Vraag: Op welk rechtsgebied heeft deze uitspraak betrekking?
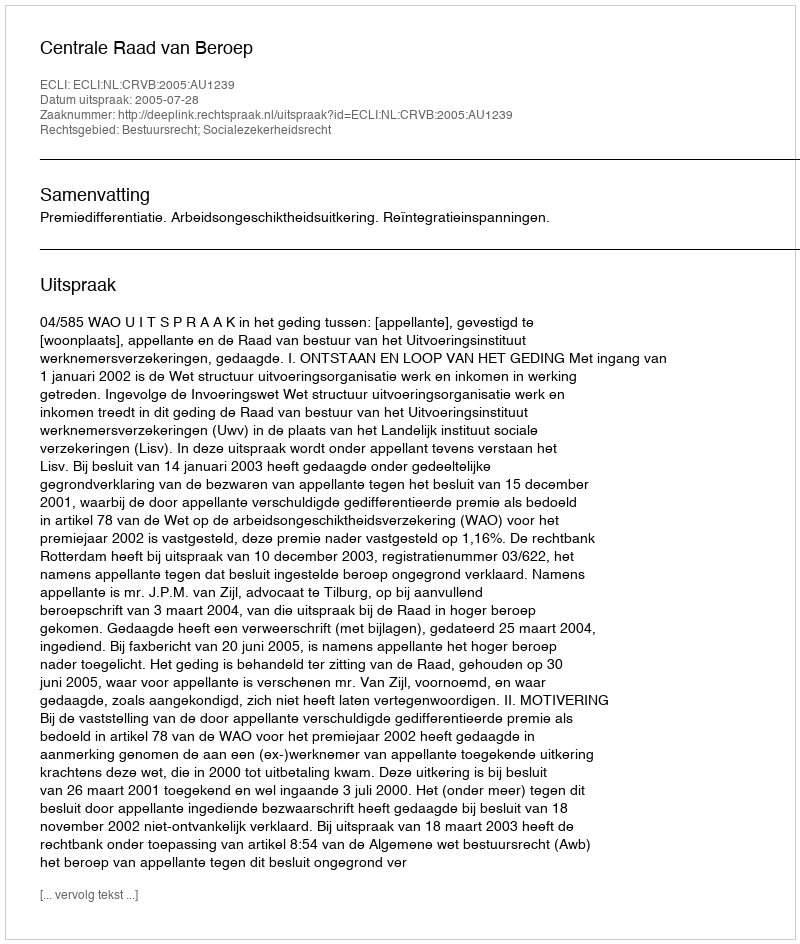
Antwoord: Bestuursrecht; Socialezekerheidsrecht